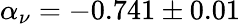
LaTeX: \alpha_{\nu}=-0.741\pm 0.01